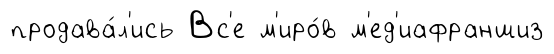
продава́л'ись Вс'е м'иро́в м'ед'иафраншиз